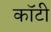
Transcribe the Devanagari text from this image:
कॉटी